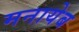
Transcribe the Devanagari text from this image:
मनायेब